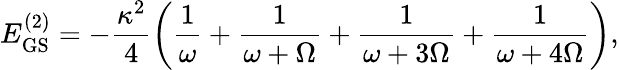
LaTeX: E_{\mathrm{GS}}^{(2)}=-\frac{\kappa^{2}}{4}\left(\frac{1}{\omega}+\frac{1}{\omega+\Omega}+\frac{1}{\omega+3\Omega}+\frac{1}{\omega+4\Omega}\right),